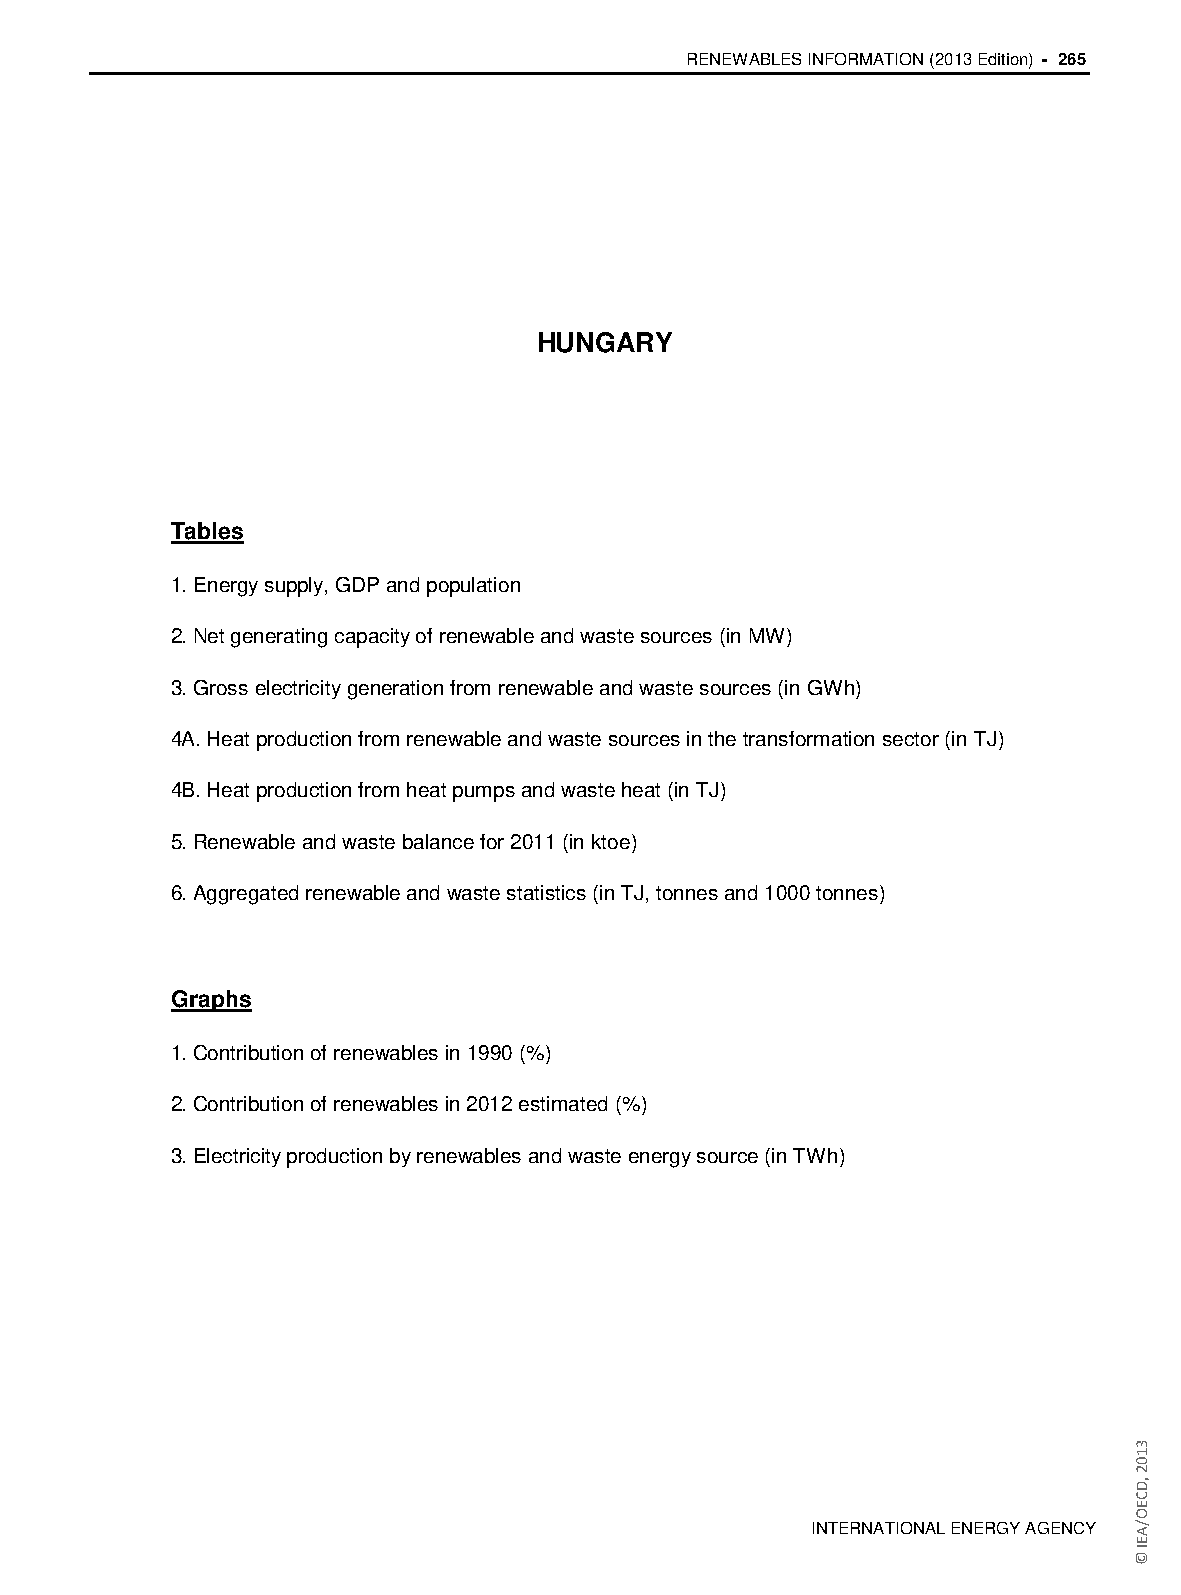
RENEWABLES INFORMATION (2013 Edition) - 265
 HUNGARY
 Tables
 1. Energy supply, GDP and population
 2. Net generating capacity of renewable and waste sources (in MW)
 3. Gross electricity generation from renewable and waste sources (in GWh)
 4A. Heat production from renewable and waste sources in the transformation sector (in TJ)
 4B. Heat production from heat pumps and waste heat (in TJ)
 5. Renewable and waste balance for 2011 (in ktoe)
 6. Aggregated renewable and waste statistics (in TJ, tonnes and 1000 tonnes)
 Graphs
 1. Contribution of renewables in 1990 (%)
 2. Contribution of renewables in 2012 estimated (%)
 3. Electricity production by renewables and waste energy source (in TWh)
 INTERNATIONAL ENERGY AGENCY
 3102
 ,DCEO/AEI
 ©